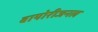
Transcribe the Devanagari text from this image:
बायोरीजनल